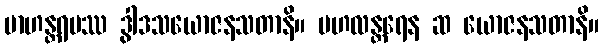
ဗာဟန္တရမဿ ဒွါဒသယောဇနသတာနိ။ ဗဟလန္တရေန ဆ ယောဇနသတာနိ။